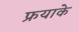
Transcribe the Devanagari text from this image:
फ्रयाके